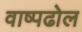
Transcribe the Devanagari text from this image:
वाष्पढोल